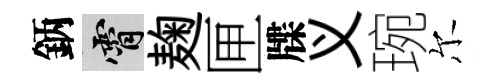
鈵霄麹匣牒义琬尔